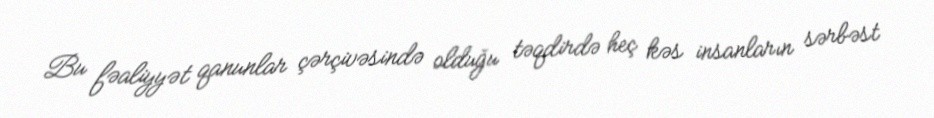
Bu fəaliyyət qanunlar çərçivəsində olduğu təqdirdə heç kəs insanların sərbəst